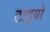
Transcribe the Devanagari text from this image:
टाइयो